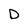
Character: D